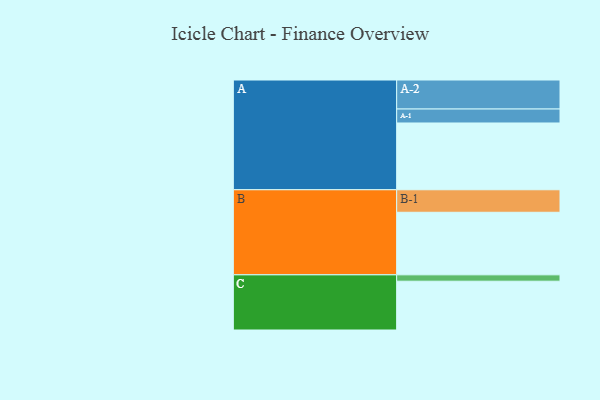
{"axis": {"x": "Segment", "y": "Value"}, "legend": ["", "A", "B", "C"], "data": [{"x": "A", "y": 587, "type": ""}, {"x": "B", "y": 550, "type": ""}, {"x": "C", "y": 429, "type": ""}, {"x": "A-1", "y": 123, "type": "A"}, {"x": "A-2", "y": 255, "type": "A"}, {"x": "B-1", "y": 198, "type": "B"}, {"x": "C-1", "y": 56, "type": "C"}]}